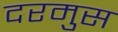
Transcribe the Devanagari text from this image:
दरमुस